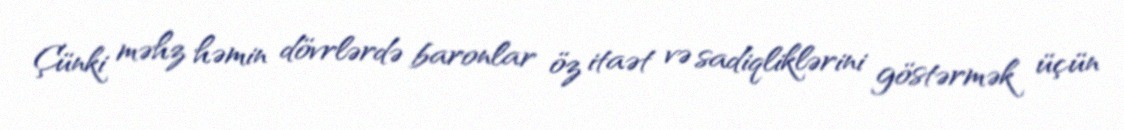
Çünki məhz həmin dövrlərdə baronlar öz itaət və sadiqliklərini göstərmək üçün